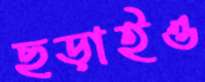
ছড়াইও